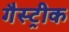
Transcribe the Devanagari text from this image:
गैस्ट्रीक